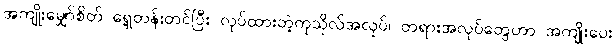
အကျိုးမျှော်စိတ် ရှေ့တန်းတင်ပြီး လုပ်ထားတဲ့ကုသိုလ်အလုပ်၊ တရားအလုပ်တွေဟာ အကျိုးပေး